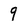
Character: 9